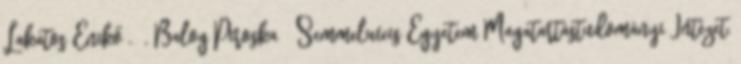
Lakatos Enikő¹, ², Balog Piroska¹ ¹Semmelweis Egyetem Magatartástudományi Intézet,